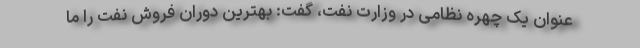
عنوان یک چهره نظامی در وزارت نفت، گفت: بهترین دوران فروش نفت را ما